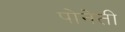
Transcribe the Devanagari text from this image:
पोनेती